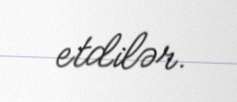
etdilər.